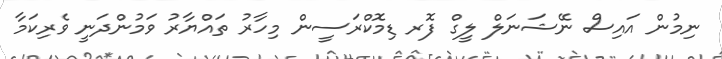
ނިމުން އައިސް ނޭޝަނަލް ލީގް ފޮރ ޑިމޮކްރަސީން މިހާރު ތައްޔާރު ވަމުންދަނީ ވެރިކަމާ